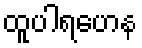
ထူပါရဟေန